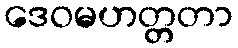
ဒေဝမဟတ္တတာ